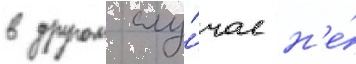
в другом слу́чае н'е́